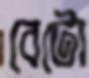
বেটো